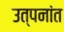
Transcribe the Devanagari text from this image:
उत्पनांत